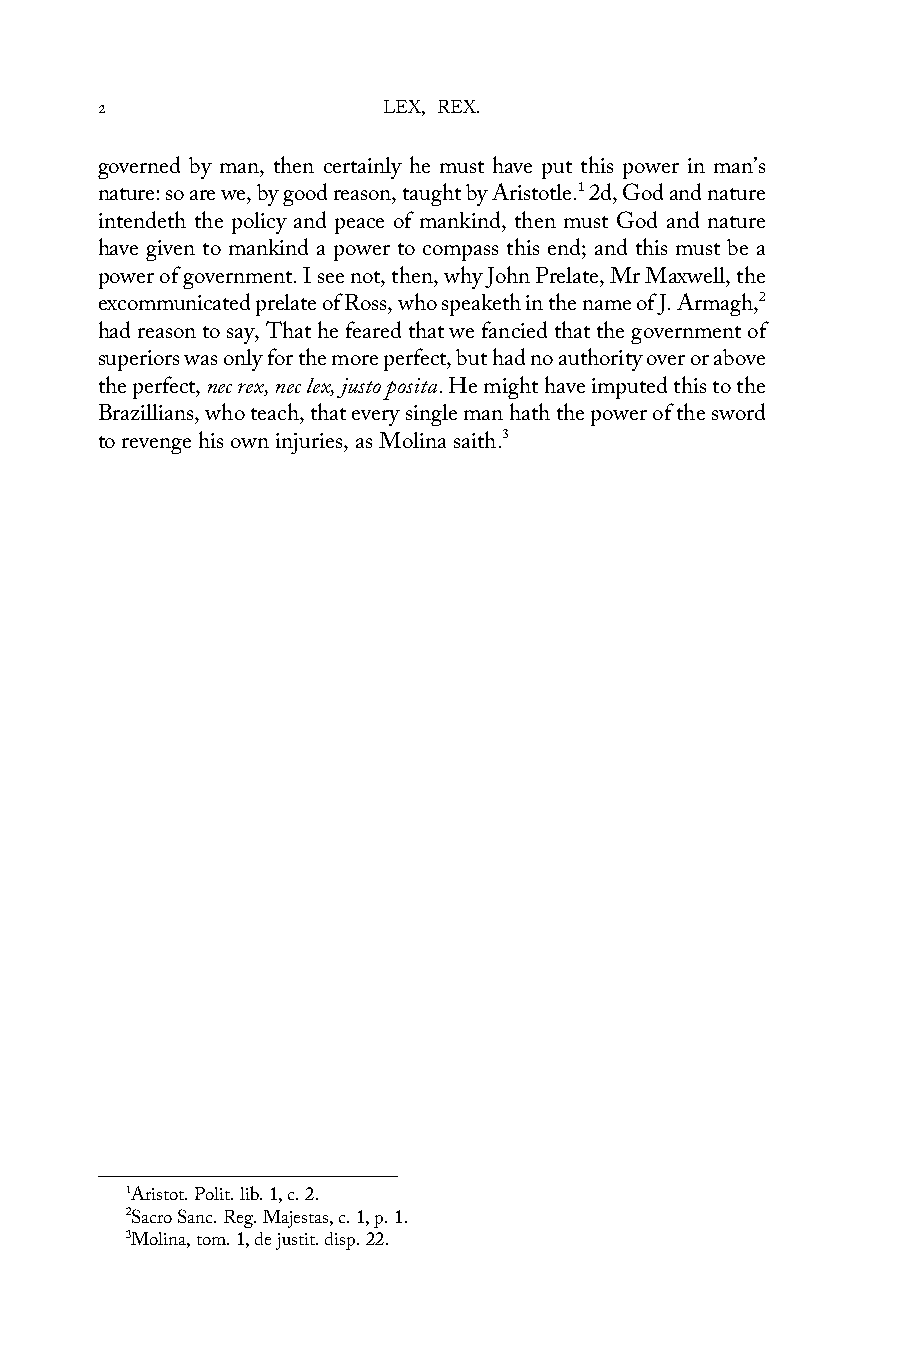
2                  LEX, REX.
 governed by man, then certainly he must have put this power in man’s
 nature: so are we, by good reason, taught by Aristotle.1 2d, God and nature
 intendeth the policy and peace of mankind, then must God and nature
 have given to mankind a power to compass this end; and this must be a
 power of government. I see not, then, why John Prelate, Mr Maxwell, the
 excommunicated prelate of Ross, who speaketh in the name of J. Armagh,2
 had reason to say, That he feared that we fancied that the government of
 superiors was only for the more perfect, but had no authority over or above
 the perfect, nec rex, nec lex, justo posita. He might have imputed this to the
 Brazillians, who teach, that every single man hath the power of the sword
 to revenge his own injuries, as Molina saith.3
 1Aristot. Polit. lib. 1, c. 2.
 2Sacro Sanc. Reg. Majestas, c. 1, p. 1.
 3Molina, tom. 1, de justit. disp. 22.